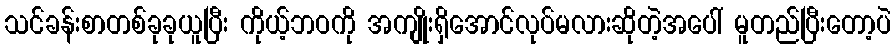
သင်ခန်းစာတစ်ခုခုယူပြီး ကိုယ့်ဘဝကို အကျိုးရှိအောင်လုပ်မလားဆိုတဲ့အပေါ် မူတည်ပြီးတော့ပဲ